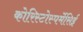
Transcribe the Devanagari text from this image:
कोरिस्टोस्पर्मेसिई